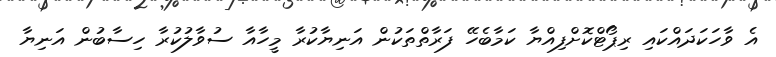
އެ ވާހަކަދައްކައި ރިޕޯޓްކޮށްފިއްޔާ ކަމާބެހޭ ފަރާތްތަކުން އަނިޔާކުރާ މީހާއާ ސުވާލުކުރާ ހިސާބުން އަނިޔާ